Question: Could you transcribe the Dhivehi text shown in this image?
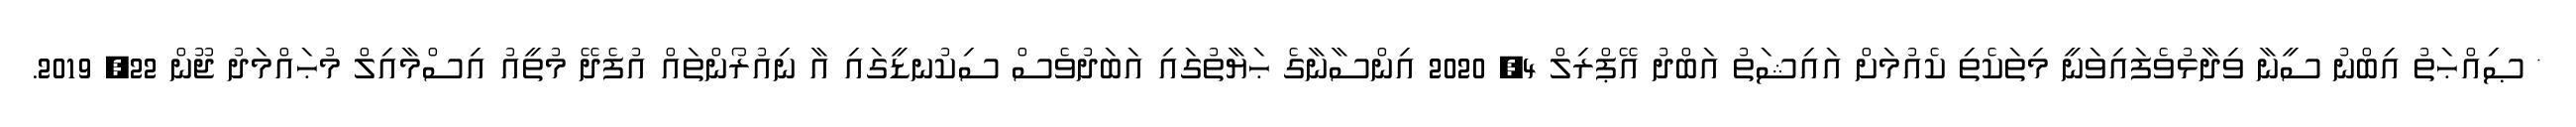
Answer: * ޞިއްޙަތު އިބްނު ސީނާ ވިދާޅުވެފައިވަނީ މިތަކެތި ކެއުމަށް އައިޝަތު އަބްދު އޭޕްރިލް 4, 2020 އިންސާނާގެ ޙަޔާތުގައި އަބަދުވެސް ސިކުނޑީގައި އާ ނިއުރޯންތައް އުފެދޭ މުތީއު އިސްމާއިލް މުޙައްމަދު ޖޫން 22, 2019.